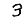
Digit: 3